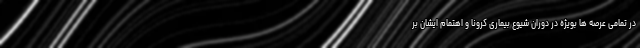
در تمامی عرصه ها بویژه در دوران شیوع بیماری کرونا و اهتمام ایشان بر